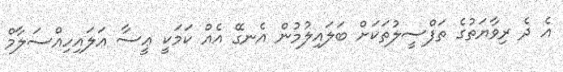
އެ ދެ ރިވާޔަތުގެ ތަފްސީލުތަކަށް ބަލައިލުމުން އެނގޭ އެއް ކަމަކީ ޢީސާ ޢަލައިހިއްސަލާމް